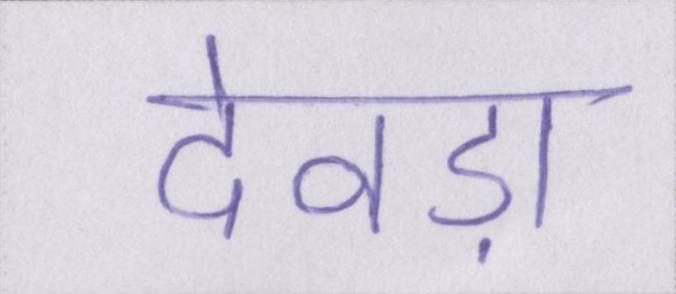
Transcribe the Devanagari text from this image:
देवड़ा